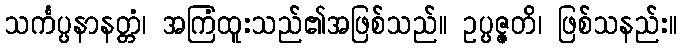
သင်္ကပ္ပနာနတ္တံ၊ အကြံထူးသည်၏အဖြစ်သည်။ ဥပ္ပဇ္ဇတိ၊ ဖြစ်သနည်း။